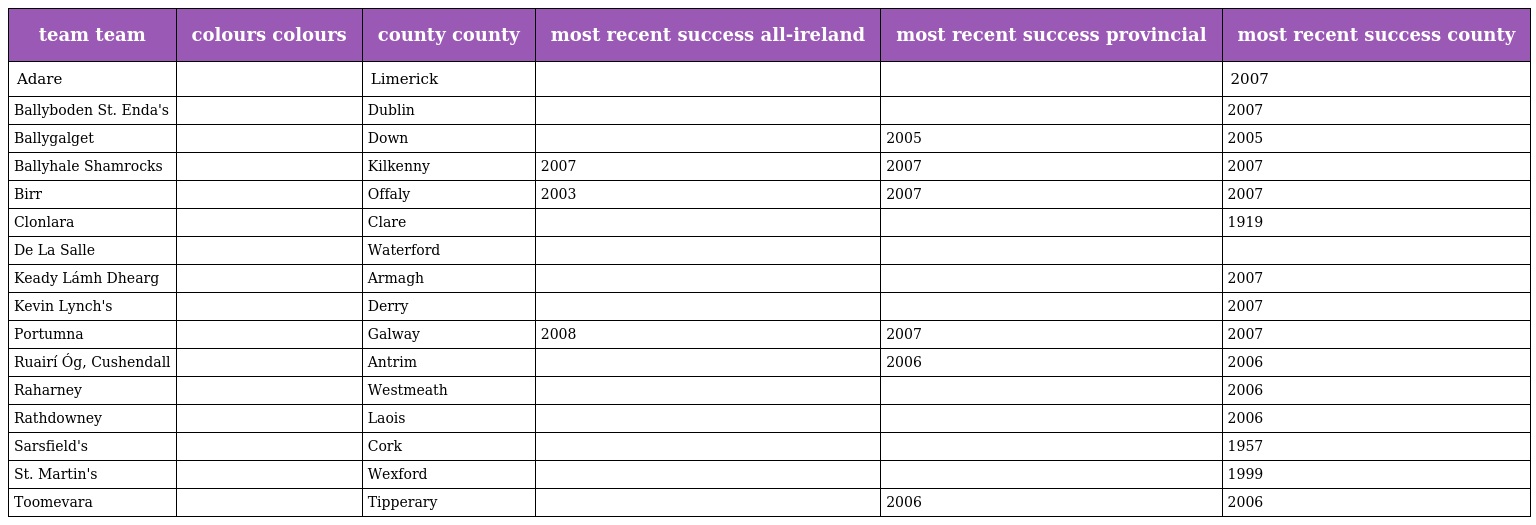
| team team | colours colours | county county | most recent success all-ireland | most recent success provincial | most recent success county |
 | --- | --- | --- | --- | --- | --- |
 | Adare |  | Limerick |  |  | 2007 |
 | Ballyboden St. Enda's |  | Dublin |  |  | 2007 |
 | Ballygalget |  | Down |  | 2005 | 2005 |
 | Ballyhale Shamrocks |  | Kilkenny | 2007 | 2007 | 2007 |
 | Birr |  | Offaly | 2003 | 2007 | 2007 |
 | Clonlara |  | Clare |  |  | 1919 |
 | De La Salle |  | Waterford |  |  |  |
 | Keady Lámh Dhearg |  | Armagh |  |  | 2007 |
 | Kevin Lynch's |  | Derry |  |  | 2007 |
 | Portumna |  | Galway | 2008 | 2007 | 2007 |
 | Ruairí Óg, Cushendall |  | Antrim |  | 2006 | 2006 |
 | Raharney |  | Westmeath |  |  | 2006 |
 | Rathdowney |  | Laois |  |  | 2006 |
 | Sarsfield's |  | Cork |  |  | 1957 |
 | St. Martin's |  | Wexford |  |  | 1999 |
 | Toomevara |  | Tipperary |  | 2006 | 2006 |